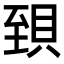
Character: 𧵼